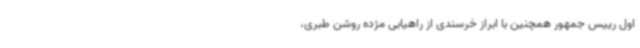
اول رییس جمهور همچنین با ابراز خرسندی از راهیابی مژده روشن طبری،